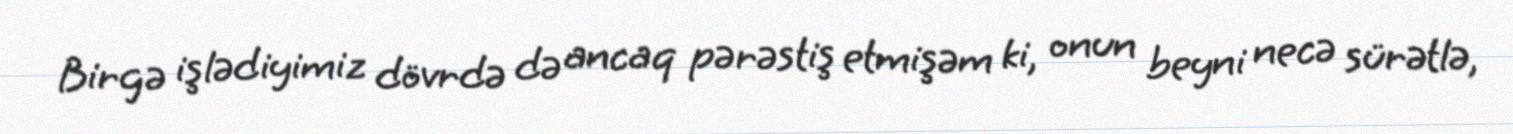
Birgə işlədiyimiz dövrdə də ancaq pərəstiş etmişəm ki, onun beyni necə sürətlə,